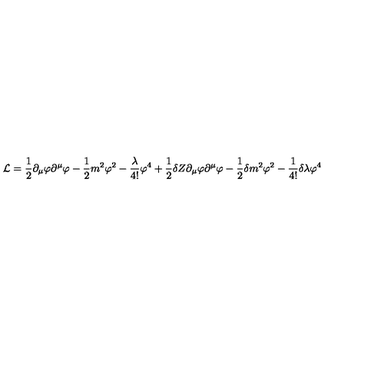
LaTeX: { \cal L } = \frac { 1 } { 2 } \partial _ { \mu } \varphi \partial ^ { \mu } \varphi - \frac { 1 } { 2 } m ^ { 2 } \varphi ^ { 2 } - \frac { \lambda } { 4 ! } \varphi ^ { 4 } + \frac { 1 } { 2 } \delta Z \partial _ { \mu } \varphi \partial ^ { \mu } \varphi - \frac { 1 } { 2 } \delta m ^ { 2 } \varphi ^ { 2 } - \frac { 1 } { 4 ! } \delta \lambda \varphi ^ { 4 } \,